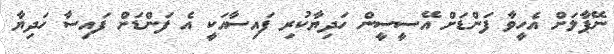
ނޭޕާލަށް އެހީވާ ފަންޑަށް އޭސީސީން ހަދިޔާކުރި ފައިސާއަކީ އެ ފަންޑަށް ފައިސާ ހަދިޔާ